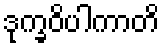
ဒုက္ခဝိပါကာတိ